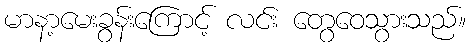
မာနာ့မေးခွန်းကြောင့် လင်း တွေဝေသွားသည်။